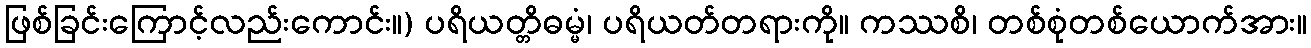
ဖြစ်ခြင်းကြောင့်လည်းကောင်း။) ပရိယတ္တိဓမ္မံ၊ ပရိယတ်တရားကို။ ကဿစိ၊ တစ်စုံတစ်ယောက်အား။